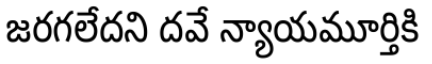
జరగలేదని దవే న్యాయమూర్తికి